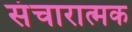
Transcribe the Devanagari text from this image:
संचारात्मक